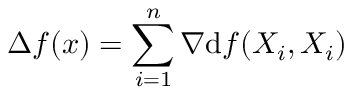
\displaystyle \Delta f ( x ) = \sum _ { i = 1 } ^ { n } \nabla \mathrm { d } f ( X _ { i } , X _ { i } )